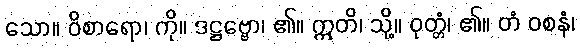
သော။ ဝိစာရော၊ ကို။ ဒဋ္ဌဗ္ဗော၊ ၏။ ဣတိ၊ သို့။ ဝုတ္တံ၊ ၏။ တံ ဝစနံ၊